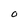
Character: O